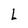
Character: L